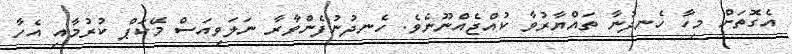
އެގޮތަށް މިހާ ހެނދުނާ ތައްޔާރުވާ ކުއްޖެއްނޫނެވެ. ހެނދުނުފެންވާރާ ނަލަވިއަސް މޭކަޕް ކުރުމާއި އެހާ